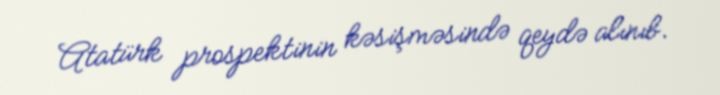
Atatürk prospektinin kəsişməsində qeydə alınıb.